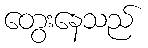
တွေးနေသည်